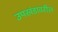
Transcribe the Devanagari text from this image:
उपखंडावरील